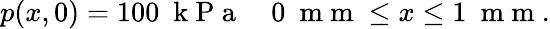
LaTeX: p(x,0)=100~\mathrm{~k~P~a~}\quad 0~\mathrm{~m~m~}\leq x\leq 1~\mathrm{~m~m~}.